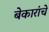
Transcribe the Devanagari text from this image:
बेकारांचे